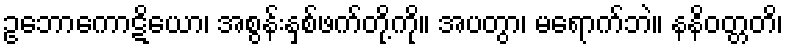
ဥဘောကောဋိယော၊ အစွန်းနှစ်ဖက်တို့ကို။ အပတွာ၊ မရောက်ဘဲ။ နနိဝတ္တတိ၊